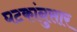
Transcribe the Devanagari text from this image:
घटकांनुसार